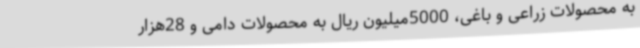
به محصولات زراعی و باغی، 5000میلیون ریال به محصولات دامی و 28هزار